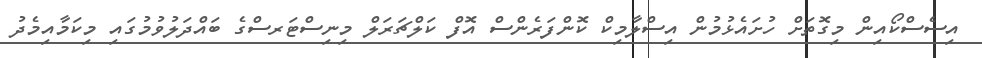
އިސެސްކޯއިން މިގޮތަށް ހުށައެޅުމުން އިސްލާމިކް ކޮންފަރެންސް އޮފް ކަލްޗަރަލް މިނިސްޓަރސްގެ ބައްދަލުވުމުގައި މިކަމާއިމެދު